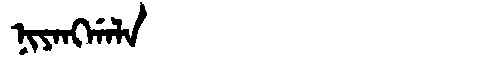
Manchu: ᠨᡳᠶᠠᠩᡤᠠᠯᠠ
Romanization: NIYANGGALA